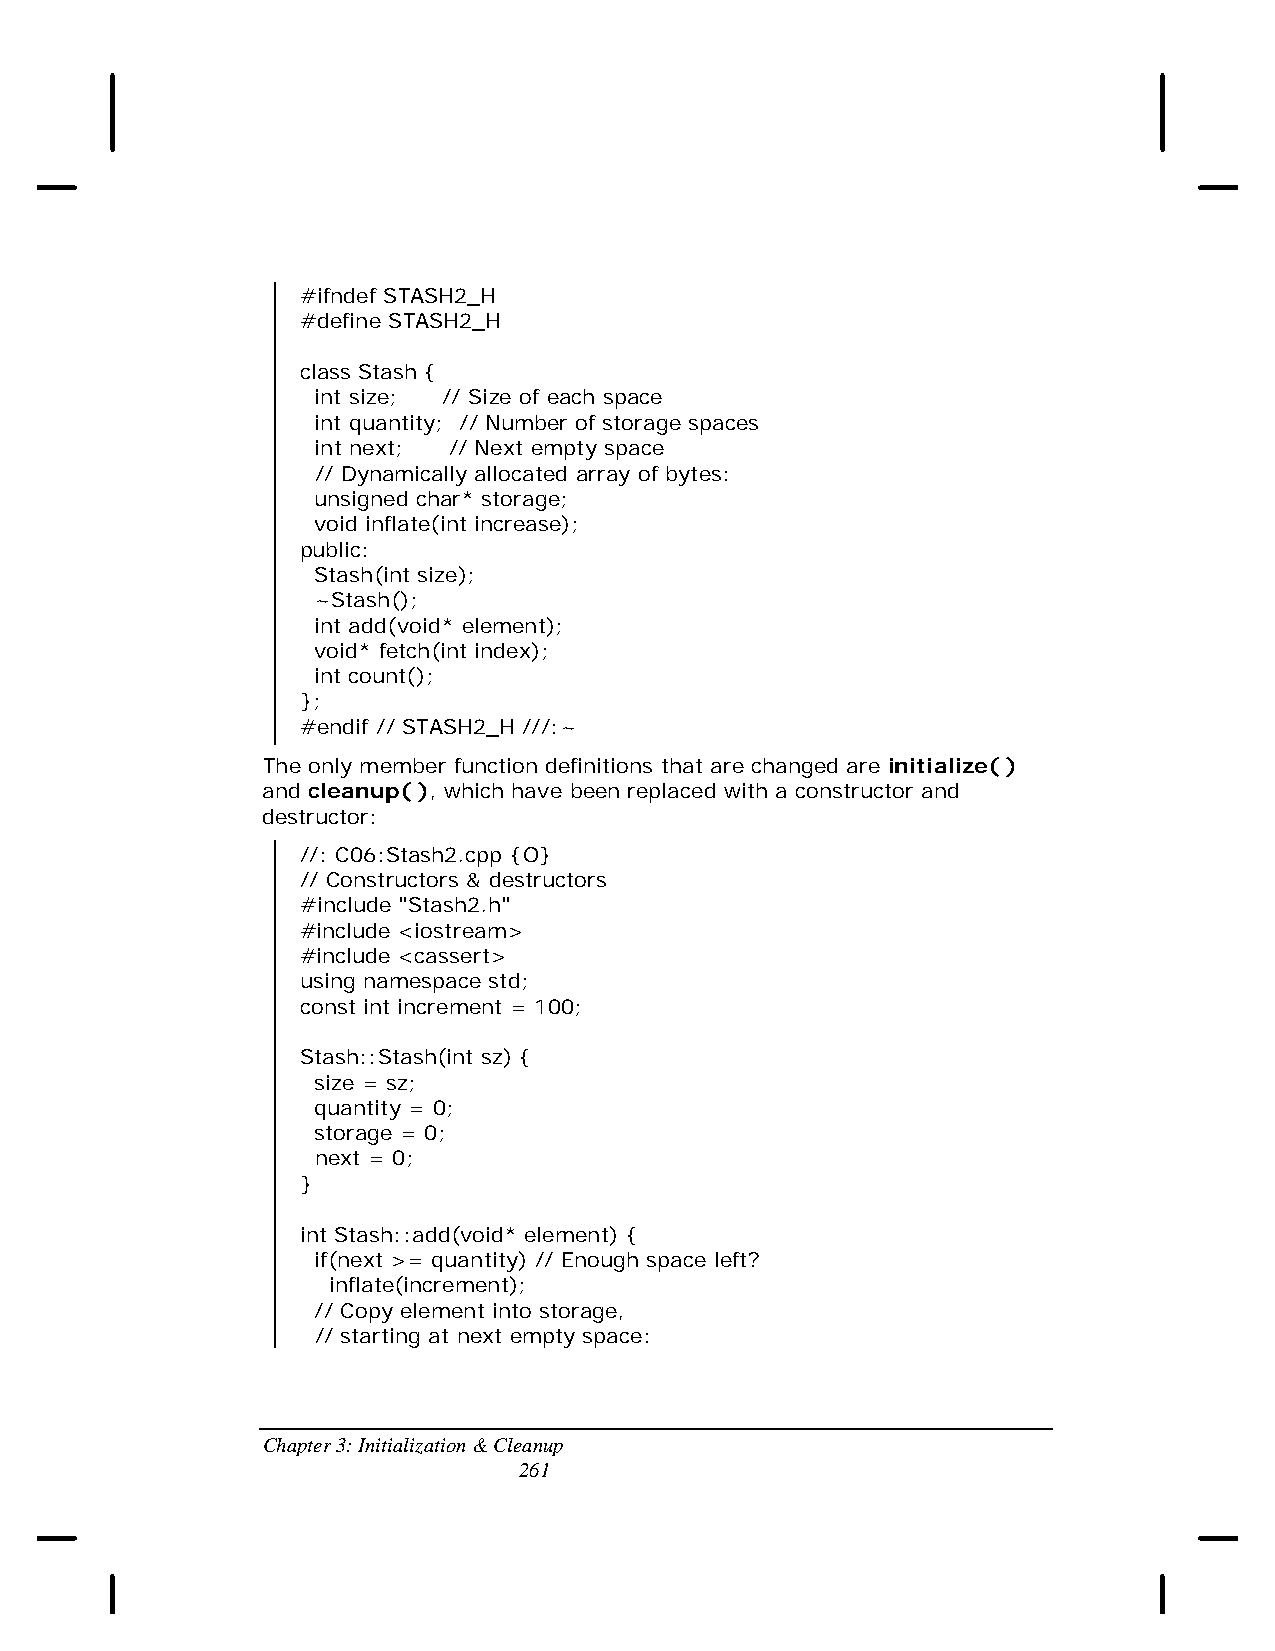
#ifndef STASH2_H
 #define STASH2_H
 class Stash {
 int size; // Size of each space
 int quantity; // Number of storage spaces
 int next; // Next empty space
 // Dynamically allocated array of bytes:
 unsigned char* storage;
 void inflate(int increase);
 public:
 Stash(int size);
 ~Stash();
 int add(void* element);
 void* fetch(int index);
 int count();
 };
 #endif // STASH2_H ///:~
 The only member function definitions that are changed are initialize( )
 and cleanup( ), which have been replaced with a constructor and
 destructor:
 //: C06:Stash2.cpp {O}
 // Constructors & destructors
 #include "Stash2.h"
 #include <iostream>
 #include <cassert>
 using namespace std;
 const int increment = 100;
 Stash::Stash(int sz) {
 size = sz;
 quantity = 0;
 storage = 0;
 next = 0;
 }
 int Stash::add(void* element) {
 if(next >= quantity) // Enough space left?
 inflate(increment);
 // Copy element into storage,
 // starting at next empty space:
 Chapter 3: Initialization & Cleanup
 261